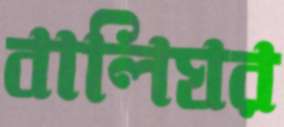
বালিঘর